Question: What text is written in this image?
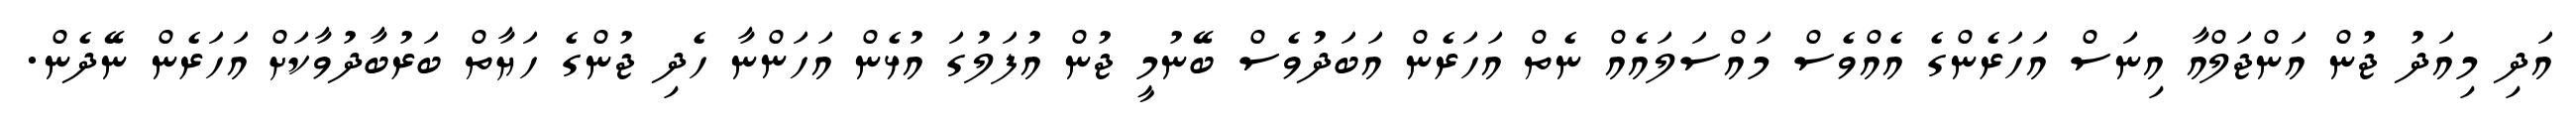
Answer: އަދި މިއަދު ޖުން އަންޖަލްއާ އިނަސް އަހަރެންގެ އެއްވެސް މައްސަލައެއް ނެތް އަހަރެން އަބަދުވެސް ބޭނުމީ ޖުން އުފަލުގަ އުޅެން އަހަންނާ ހެދި ޖުންގެ ހަޔާތް ބަރުބާދުވާކަށް އަހަރެން ނޭދެން.